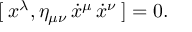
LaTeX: [ \: x ^ { \lambda } , \eta _ { \mu \nu } \, \dot { x } ^ { \mu } \, \dot { x } ^ { \nu } \: ] = 0 .